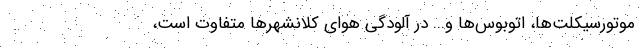
موتورسیکلت‌ها، اتوبوس‌ها و... در آلودگی هوای کلانشهرها متفاوت است،